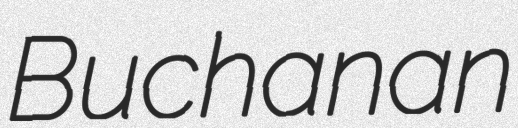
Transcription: Buchanan